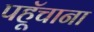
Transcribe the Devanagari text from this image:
पहूॅचाना